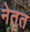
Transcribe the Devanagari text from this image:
नेतृत